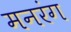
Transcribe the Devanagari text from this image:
मनरंग